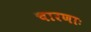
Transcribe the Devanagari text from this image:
चारणाः